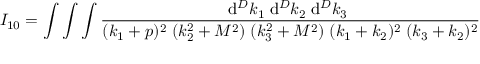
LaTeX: I _ { 1 0 } = \int \int \int \frac { \mathrm { d } ^ { D } k _ { 1 } \; \mathrm { d } ^ { D } k _ { 2 } \; \mathrm { d } ^ { D } k _ { 3 } \; } { ( k _ { 1 } + p ) ^ { 2 } \; ( k _ { 2 } ^ { 2 } + M ^ { 2 } ) \; ( k _ { 3 } ^ { 2 } + M ^ { 2 } ) \; ( k _ { 1 } + k _ { 2 } ) ^ { 2 } \; ( k _ { 3 } + k _ { 2 } ) ^ { 2 } }